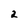
Character: 2